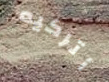
أتركيه